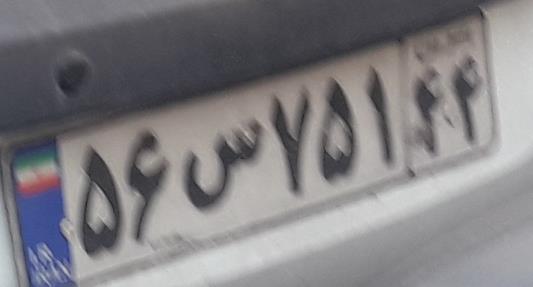
۵۶س۷۵۱۴۴